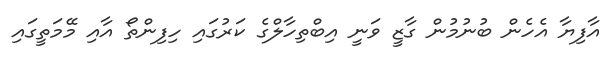
އާފިޔާ އެހެން ބުނުމުން ގާޒީ ވަނީ އިބްތިހާލްގެ ކަރުގައި ހިފިންތޯ އާއި މޭމަތީގައި